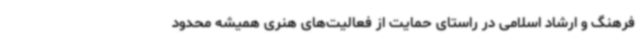
فرهنگ و ارشاد اسلامی در راستای حمایت از فعالیت‌های هنری همیشه محدود